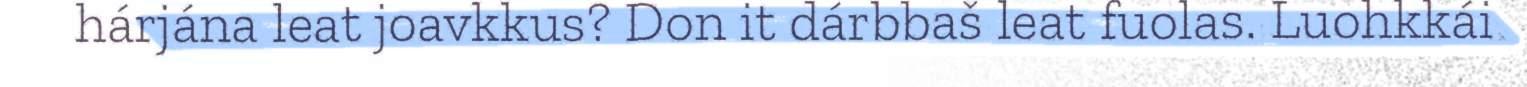
hárjána leat joavkkus? Don it dárbbaš leat fuolas. Luohkkái